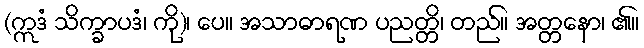
(ဣဒံ သိက္ခာပဒံ၊ ကို)၊ ပေ။ အသာဓာရဏ ပညတ္တိ၊ တည်။ အတ္တနော၊ ၏။